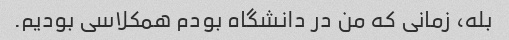
بله، زمانی که من در دانشگاه بودم همکلاسی بودیم.